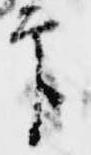
印